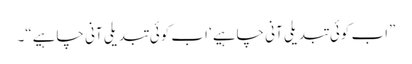
”اب کوئی تبدیلی آنی چاہیے‘ اب کوئی تبدیلی آنی چاہیے“۔